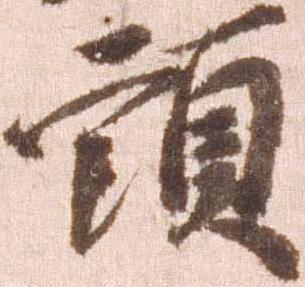
頭